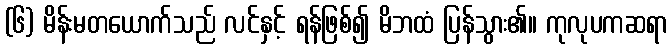
(၆) မိန်းမတယောက်သည် လင်နှင့် ရန်ဖြစ်၍ မိဘထံ ပြန်သွား၏။ ကုလုပကဆရာ